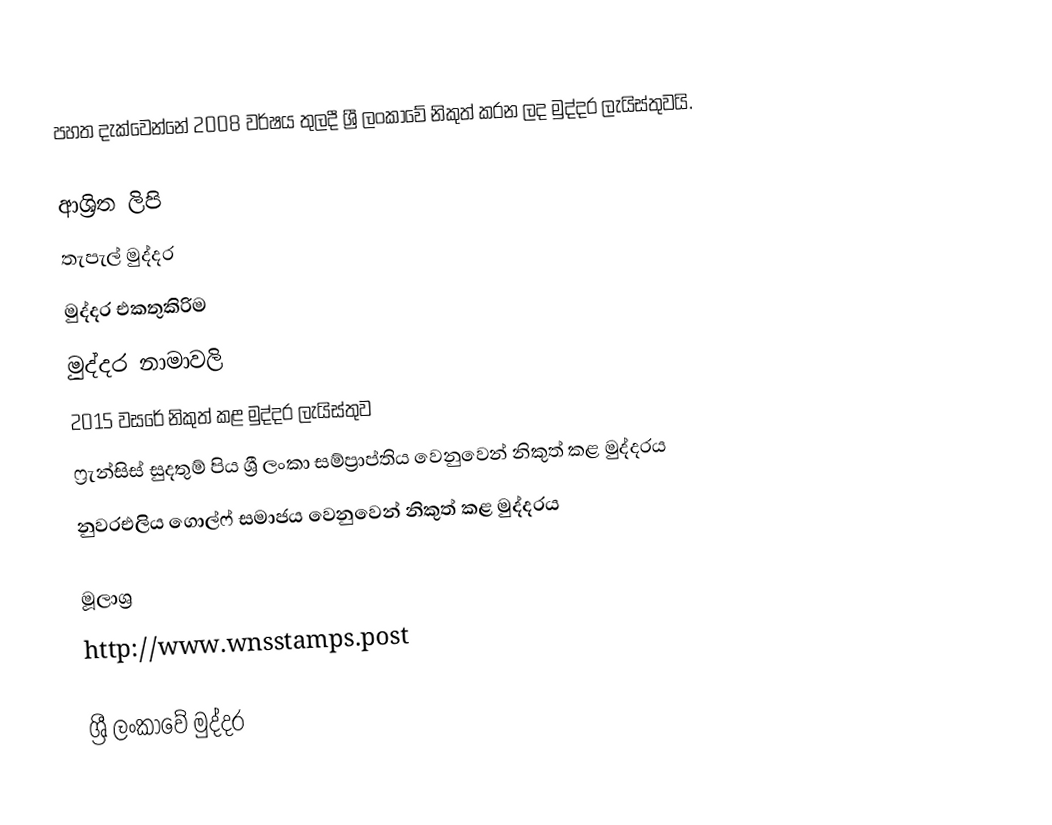
පහත දැක්වෙන්නේ 2008 වර්ෂය තුලදී ශ්‍රී ලංකාවේ නිකුත් කරන ලද මුද්දර ලැයිස්තුවයි.

ආශ්‍රිත ලිපි
තැපැල් මුද්දර
මුද්දර එකතුකිරිම
මුද්දර නාමාවලි
2015 වසරේ නිකුත් කළ මුද්දර ලැයිස්තුව
ෆ්‍රැන්සිස් සුදතුම් පිය ශ්‍රී ලංකා සම්ප්‍රාප්තිය වෙනුවෙන් නිකුත් කළ මුද්දරය
නුවරඑලිය ගොල්ෆ් සමාජය වෙනුවෙන් නිකුත් කළ මුද්දරය

මූලාශ්‍ර
http://www.wnsstamps.post

ශ්‍රී ලංකාවේ මුද්දර